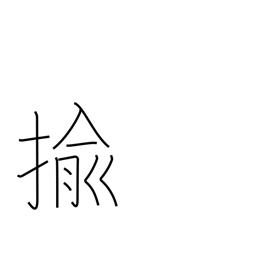
Meaning: pull